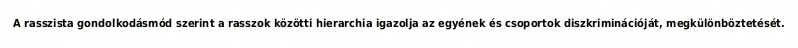
A rasszista gondolkodásmód szerint a rasszok közötti hierarchia igazolja az egyének és csoportok diszkriminációját, megkülönböztetését.